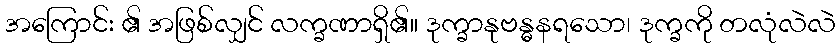
အကြောင်း ၏ အဖြစ်လျှင် လက္ခဏာရှိ၏။ ဒုက္ခာနုဗန္ဓနရသော၊ ဒုက္ခကို တလုံလဲလဲ